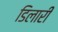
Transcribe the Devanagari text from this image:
डिलारी